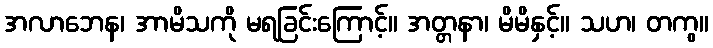
အလာဘေန၊ အာမိသကို မရခြင်းကြောင့်။ အတ္တနာ၊ မိမိနှင့်။ သဟ၊ တကွ။